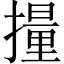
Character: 𫾄